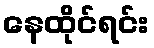
နေထိုင်ရင်း